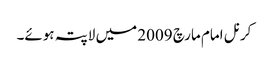
کرنل امام مارچ 2009 میں لاپتہ ہوئے۔